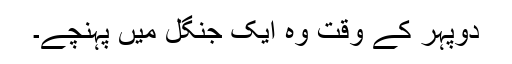
دوپہر کے وقت وہ ایک جنگل میں پہنچے۔